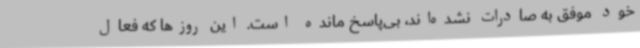
خود موفق به صادرات نشده‌اند، بی‌پاسخ مانده است. این روزها که فعال